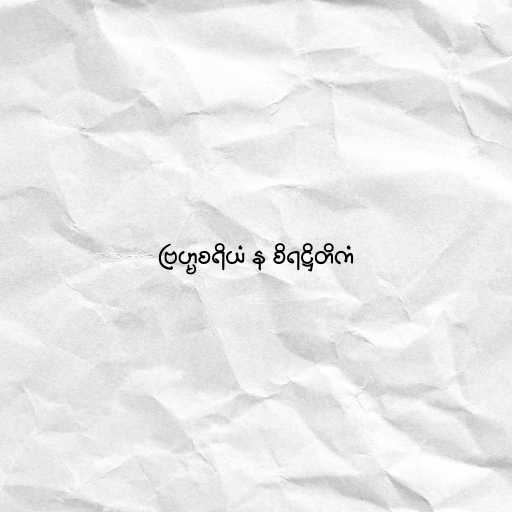
ဗြဟ္မစရိယံ န စိရဋ္ဌိတိကံ